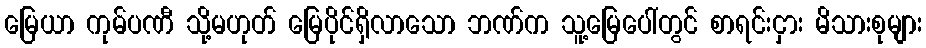
မြေယာ ကုမ်ပဏီ သို့မဟုတ် မြေပိုင်ရှိလာသော ဘဏ်က သူ့မြေပေါ်တွင် စာရင်းငှား မိသားစုများ